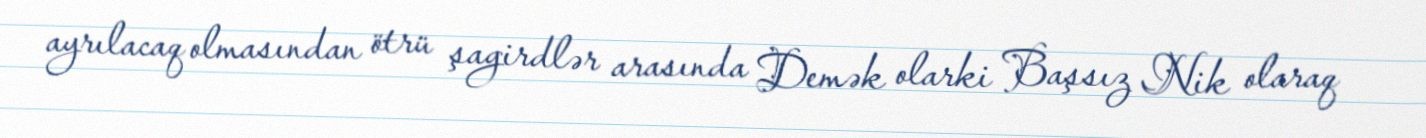
ayrılacaq olmasından ötrü şagirdlər arasında Demək olarki Başsız Nik olaraq